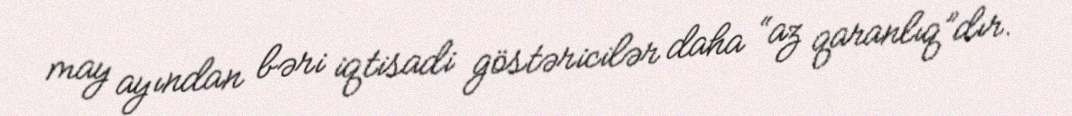
may ayından bəri iqtisadi göstəricilər daha “az qaranlıq”dır.